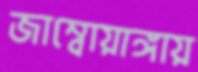
জাম্বোয়াঙ্গায়